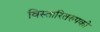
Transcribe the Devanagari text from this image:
विस्तारितरुपको